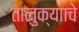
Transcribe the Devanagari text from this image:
तालुक्यााचे